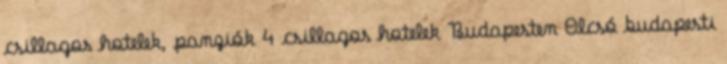
csillagos hotelek, panziók 4 csillagos hotelek Budapesten Olcsó budapesti